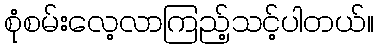
စုံစမ်းလေ့လာကြည့်သင့်ပါတယ်။